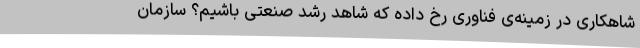
شاهکاری در زمینه‌ی فناوری رخ داده که شاهد رشد صنعتی باشیم؟ سازمان